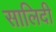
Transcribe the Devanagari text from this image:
सालिदी